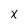
Character: x